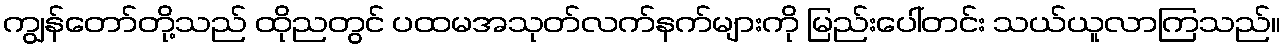
ကျွန်တော်တို့သည် ထိုညတွင် ပထမအသုတ်လက်နက်များကို မြည်းပေါ်တင်း သယ်ယူလာကြသည်။